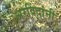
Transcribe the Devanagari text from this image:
अरविंदांनी